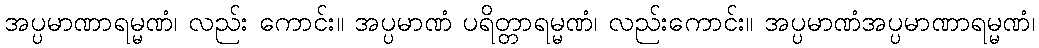
အပ္ပမာဏာရမ္မဏံ၊ လည်း ကောင်း။ အပ္ပမာဏံ ပရိတ္တာရမ္မဏံ၊ လည်းကောင်း။ အပ္ပမာဏံအပ္ပမာဏာရမ္မဏံ၊